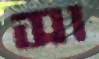
সা